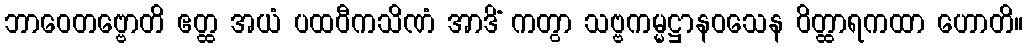
ဘာဝေတဗ္ဗောတိ ဧတ္ထ အယံ ပထဝီကသိဏံ အာဒိံ ကတွာ သဗ္ဗကမ္မဋ္ဌာနဝသေန ဝိတ္ထာရကထာ ဟောတိ။